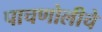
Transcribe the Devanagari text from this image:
पाचणोलीचे